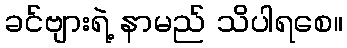
ခင်ဗျားရဲ့ နာမည် သိပါရစေ။